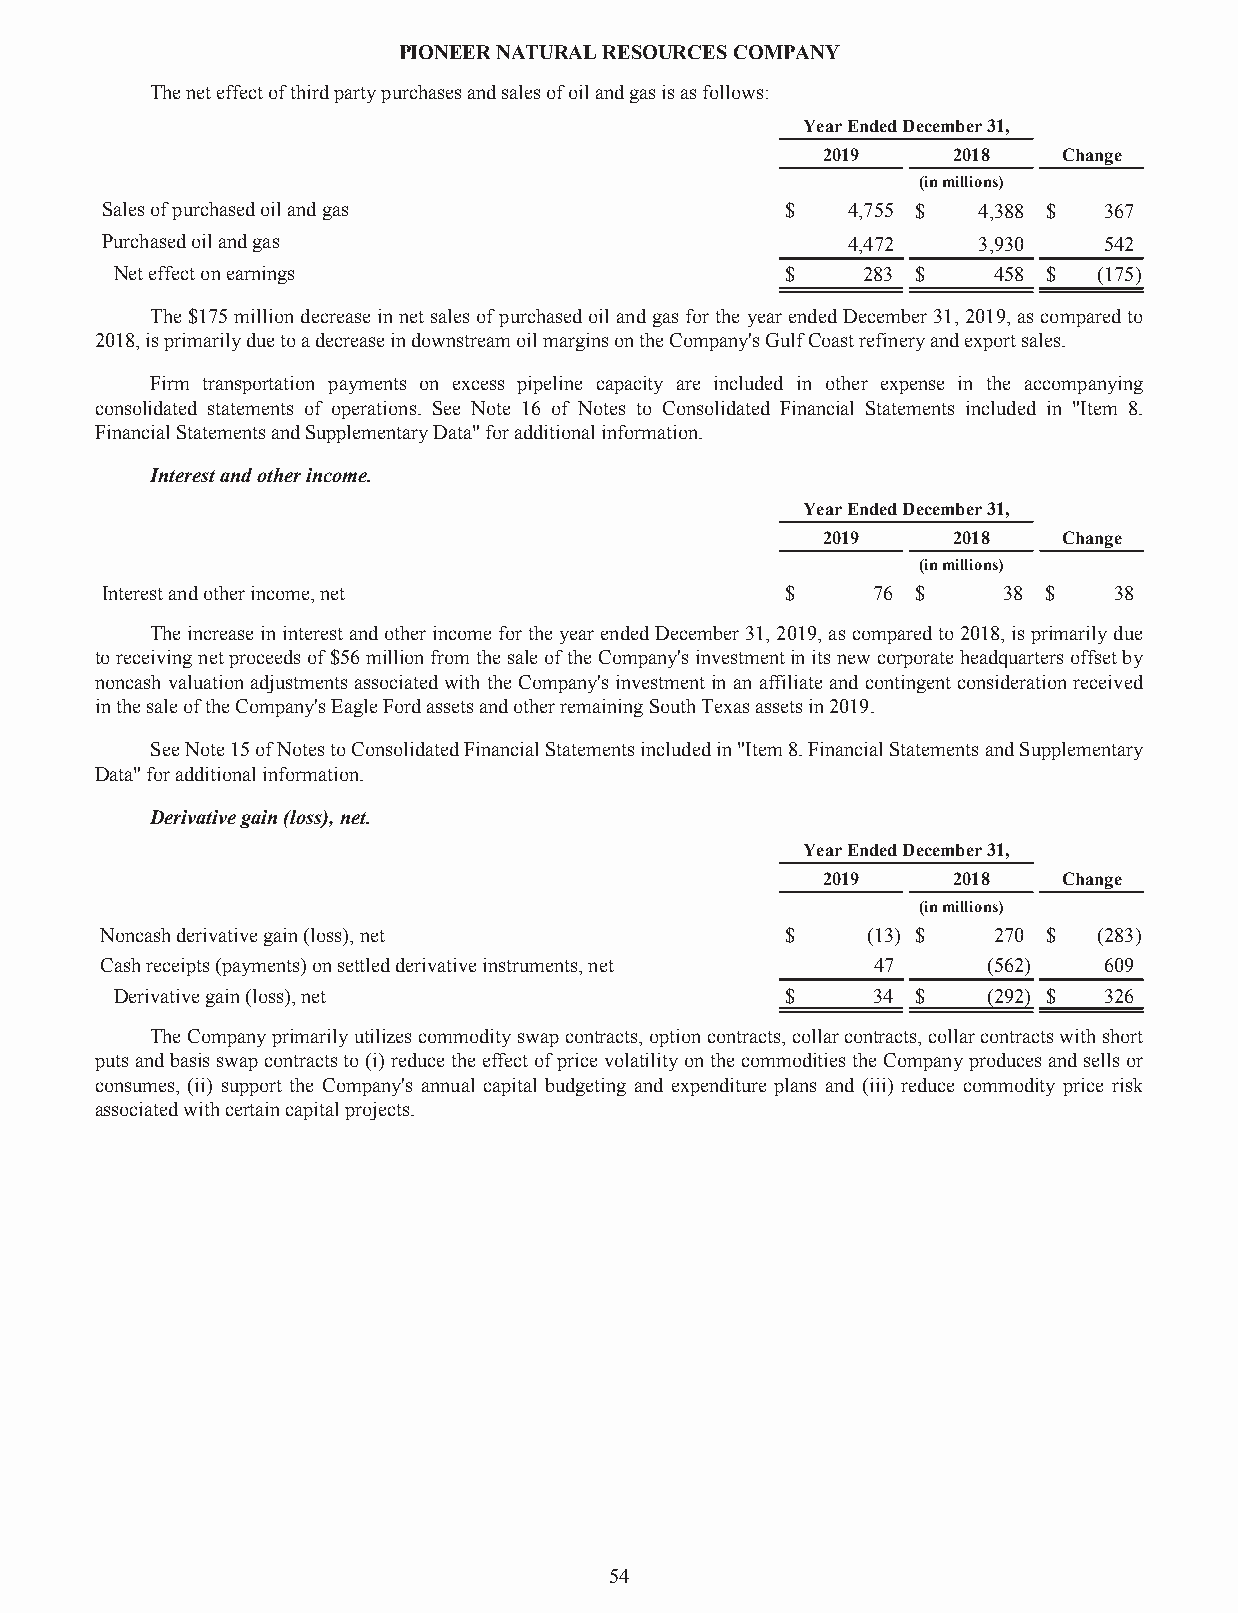
PIONEERNATURALRESOURCESCOMPANY
 Theneteffectofthirdpartypurchasesandsalesofoilandgasisasfollows:
 YearEndedDecember31,
 2019     2018   Change
 (inmillions)
 Salesofpurchasedoilandgas                    $   4,755 $  4,388 $ 367
 Purchasedoilandgas                               4,472    3,930   542
 Neteffectonearnings                         $    283 $    458 $  (175)
 The$175milliondecreaseinnetsalesofpurchasedoilandgasfortheyearendedDecember31,2019,ascomparedto
 2018,isprimarilyduetoadecreaseindownstreamoilmarginsontheCompany'sGulfCoastrefineryandexportsales.
 Firm transportation payments on excess pipeline capacity are included in other expense in the accompanying
 consolidated statements of operations. See Note 16 of Notes to Consolidated Financial Statements included in "Item 8.
 FinancialStatementsandSupplementaryData"foradditionalinformation.
 Interestandotherincome.
 YearEndedDecember31,
 2019     2018   Change
 (inmillions)
 Interestandotherincome,net                   $     76 $    38 $    38
 TheincreaseininterestandotherincomefortheyearendedDecember31,2019,ascomparedto2018,isprimarilydue
 toreceivingnetproceedsof$56millionfromthesaleoftheCompany'sinvestmentinitsnewcorporateheadquartersoffsetby
 noncash valuationadjustmentsassociatedwith the Company's investmentin an affiliateand contingentconsiderationreceived
 inthesaleoftheCompany'sEagleFordassetsandotherremainingSouthTexasassetsin2019.
 SeeNote15ofNotestoConsolidatedFinancialStatementsincludedin"Item8.FinancialStatementsandSupplementary
 Data"foradditionalinformation.
 Derivativegain(loss),net.
 YearEndedDecember31,
 2019     2018   Change
 (inmillions)
 Noncashderivativegain(loss),net              $    (13) $   270 $  (283)
 Cashreceipts(payments)onsettledderivativeinstruments,net 47 (562) 609
 Derivativegain(loss),net                    $     34 $   (292) $ 326
 TheCompanyprimarilyutilizescommodityswapcontracts,optioncontracts,collarcontracts,collarcontractswithshort
 putsandbasisswapcontractsto(i)reducetheeffectofpricevolatilityonthecommoditiestheCompanyproducesandsellsor
 consumes, (ii) support the Company's annual capital budgeting and expenditure plans and (iii) reduce commodity price risk
 associatedwithcertaincapitalprojects.
 54